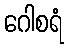
ဂေါစရံ